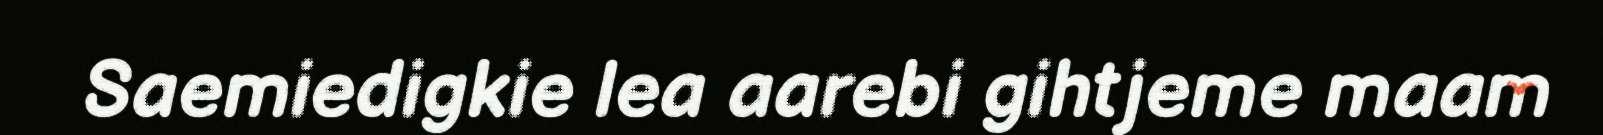
Saemiedigkie lea aarebi gihtjeme maam